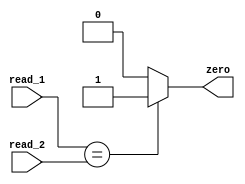
`timescale 1ns / 1ps
//////////////////////////////////////////////////////////////////////////////////
// Company: 
// Engineer: 
// 
// Design Name: 
// Module Name: compare
// Project Name: 
// Target Devices: 
// Tool Versions: 
// Description: 
// 
// Dependencies: 
// 
// Revision:
// Revision 0.01 - File Created
// Additional Comments:
// 
//////////////////////////////////////////////////////////////////////////////////


module compare(
    input [31:0] read_1,
    input [31:0] read_2,
    output zero
    );
    assign zero = (read_1 == read_2) ? 1:0;
endmodule